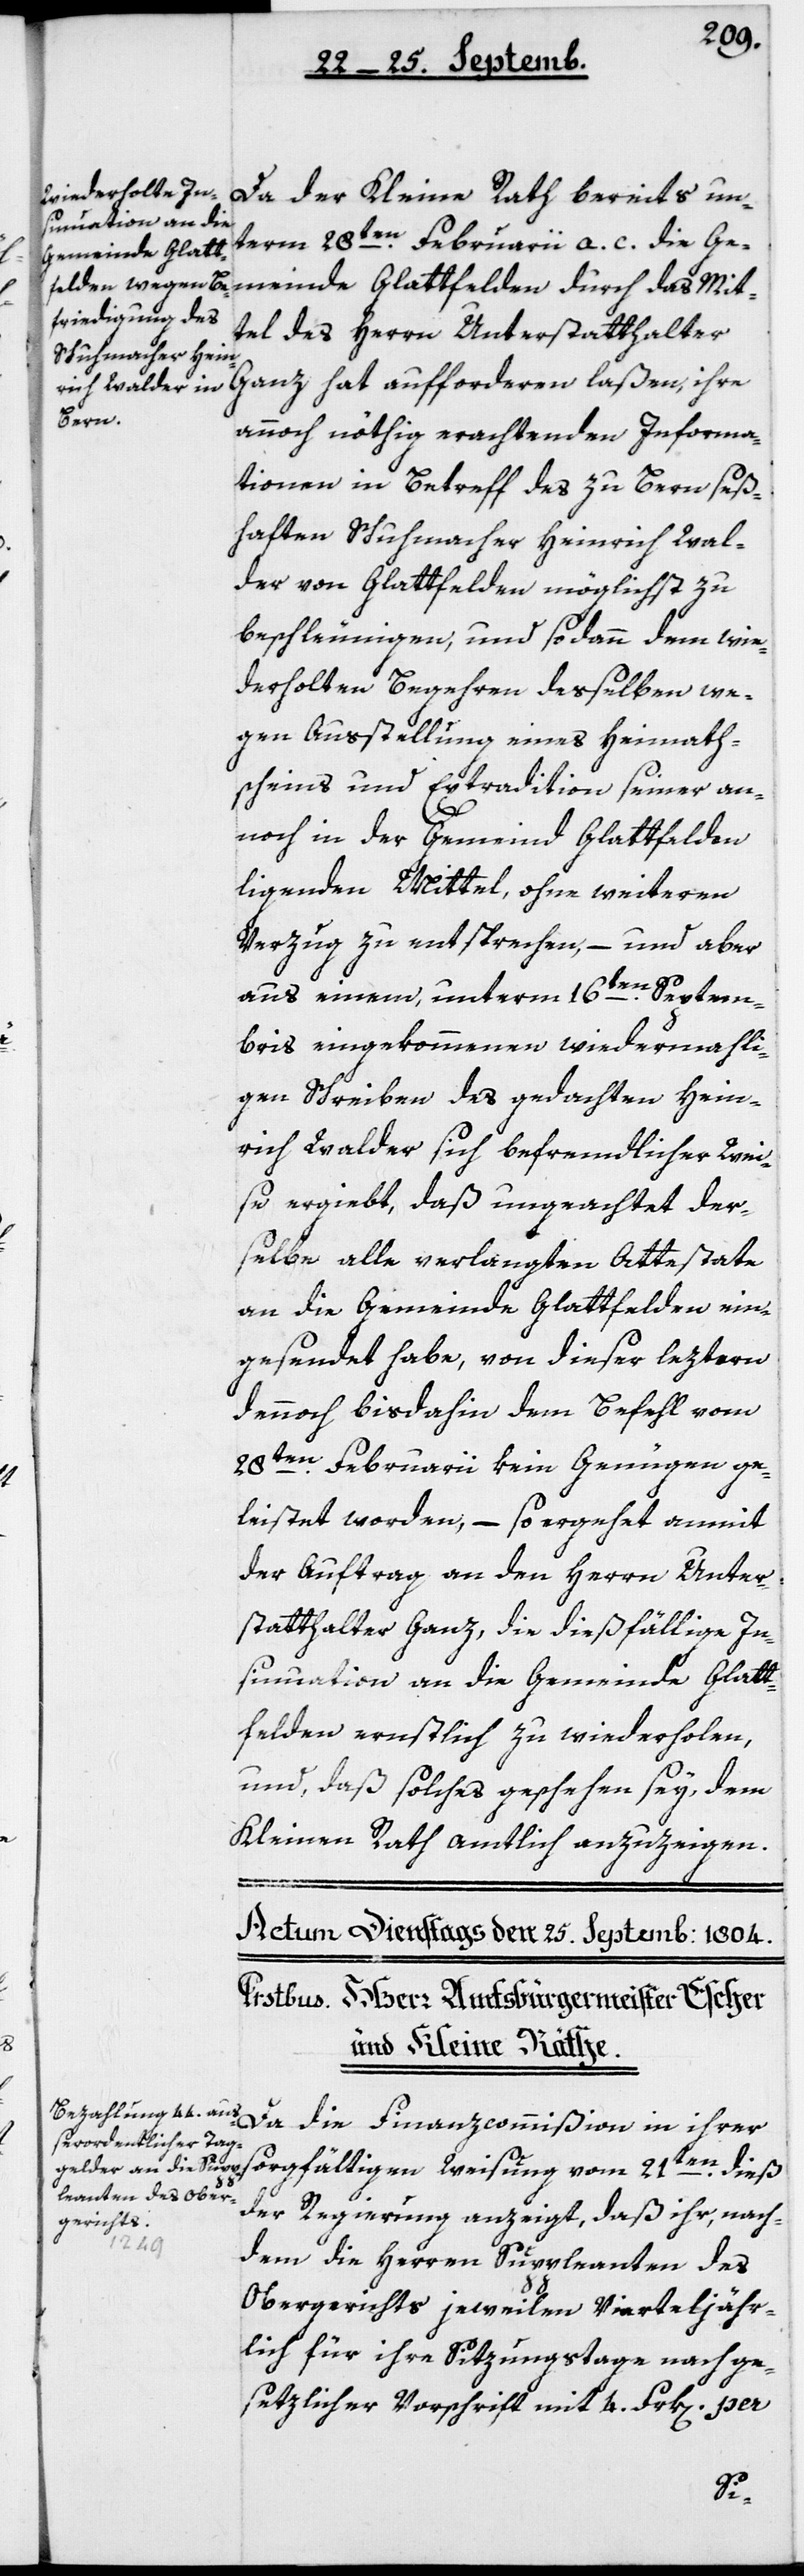
sinuation an die
Gemeinde Glatt¬

Da der Kleine Rath bereits un¬
term 28ten Februarii a.c. die Ge¬
meinde Glattfelden durch das Mit¬
tel des Herrn Unterstatthalter
Ganz hat aufforderen laßen, ihre
annoch nöthig erachtenden Informa¬
tionen in Betreff des zu Bern seß¬
haften Schuhmacher Heinrich Wal¬
der von Glattfelden möglichst zu
beschleunigen, und sodann dem wie¬
derholten Begehren desselben we¬
gen Ausstellung eines Heimath¬
scheins und Extradition seiner an¬
noch in der Gemeind Glattfelden
liegenden Mittel, ohne weiteren
Verzug zu entsprechen, – und aber
aus einem, unterm 16ten Septem¬
bris eingekommenen wiedermahli¬
gen Schreiben des gedachten Hein¬
rich Walder sich befremdlicher Wei¬
se ergiebt, daß ungeachtet der¬
selbe alle verlangten Attestate
an die Gemeinde Glattfelden ein¬
gesendet habe, von dieser leztern
dennoch bis dahin dem Befehl vom
28ten Februarii kein Genügen ge¬
leistet worden, – so ergehet anmit
der Auftrag an den Herrn Unter¬
statthalter Ganz, die dießfällige In¬
felden ernstlich zu wiederholen,
und, daß solches geschehen sey, dem
Kleinen Rath amtlich anzuzeigen.
Da die Finanzcommißion in ihrer
sorgfältigen Weisung vom 21ten dieß
der Regierung anzeigt, daß ihr, nach¬
dem die Herren Suppleanten des
Obergerichts jeweilen vierteljähr¬
lich für ihre Sitzungstage nach ge¬
sezlicher Vorschrift mit 4 Frk[en] per